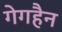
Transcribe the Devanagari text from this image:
गेगहैन